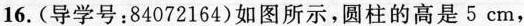
16 .(导学号：84072164)如图所示，圆柱的高是5cm，